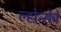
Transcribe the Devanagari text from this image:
ल्होत्सेचे